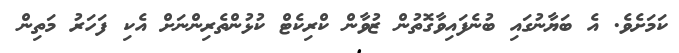
ކަމަށެވެ. އެ ބަޔާނުގައި ބުނެފައިވާގޮތުން ޒުވާން ކްރިކެޓް ކުޅުންތެރިންނަށް އެކި ފަހަރު މަތިން